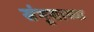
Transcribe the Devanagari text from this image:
संभूसाच्या